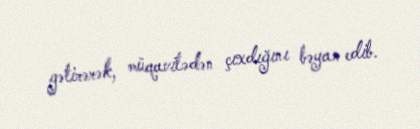
gətirərək, müqavilədən çıxdığını bəyan edib.